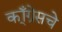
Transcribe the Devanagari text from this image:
कॉ्ंग्रेसचे